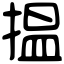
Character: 揾